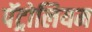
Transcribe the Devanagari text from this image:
पॅट्रोलियम